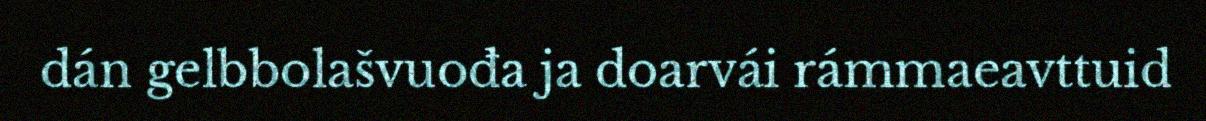
dán gelbbolašvuođa ja doarvái rámmaeavttuid